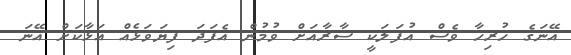
އޭނަގެ ހުރިހާ ވެސް އުފަލަކީ ސާރާއަށް ވުމުން އެފަދަ ފިޔަވަޅެއް އަޅާކަށް އޭނަ